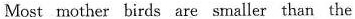
Most mother birds are smaller than the